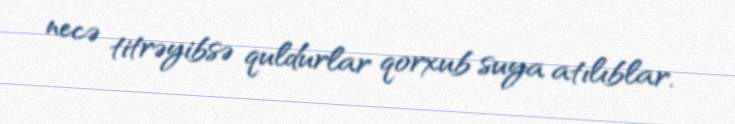
necə titrəyibsə quldurlar qorxub suya atılıblar.